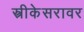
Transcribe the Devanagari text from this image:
स्त्रीकेसरावर